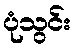
ပုံသွင်း